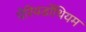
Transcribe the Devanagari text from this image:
पेरियडोंथियम